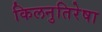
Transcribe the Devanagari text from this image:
किलनुतिरेषा